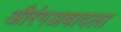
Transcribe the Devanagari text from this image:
औरंगअबादला